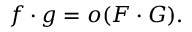
f \cdot g = o ( F \cdot G ) .